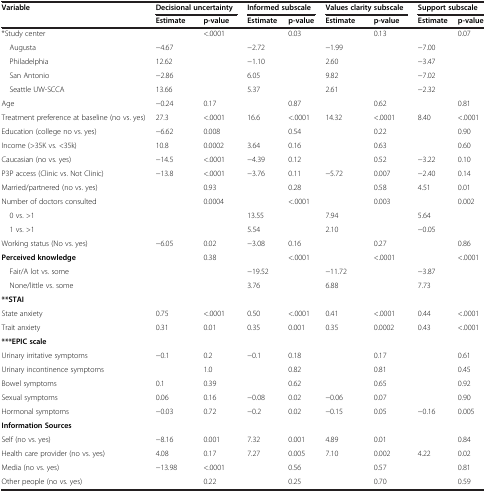
<table><thead><tr><td rowspan="2"><b>Variable</b></td><td colspan="2"><b>Decisional uncertainty</b></td><td colspan="2"><b>Informed subscale</b></td><td colspan="2"><b>Values clarity subscale</b></td><td colspan="2"><b>Support subscale</b></td></tr><tr><td><b>Estimate</b></td><td><b>p-value</b></td><td><b>Estimate</b></td><td><b>p-value</b></td><td><b>Estimate</b></td><td><b>p-value</b></td><td><b>Estimate</b></td><td><b>p-value</b></td></tr></thead><tbody><tr><td>*Study center</td><td></td><td>&lt;.0001</td><td></td><td>0.03</td><td></td><td>0.13</td><td></td><td>0.07</td></tr><tr><td> Augusta</td><td>−4.67</td><td></td><td>−2.72</td><td></td><td>−1.99</td><td></td><td>−7.00</td><td></td></tr><tr><td> Philadelphia</td><td>12.62</td><td></td><td>−1.10</td><td></td><td>2.60</td><td></td><td>−3.47</td><td></td></tr><tr><td> San Antonio</td><td>−2.86</td><td></td><td>6.05</td><td></td><td>9.82</td><td></td><td>−7.02</td><td></td></tr><tr><td> Seattle UW-SCCA</td><td>13.66</td><td></td><td>5.37</td><td></td><td>2.61</td><td></td><td>−2.32</td><td></td></tr><tr><td>Age</td><td>−0.24</td><td>0.17</td><td></td><td>0.87</td><td></td><td>0.62</td><td></td><td>0.81</td></tr><tr><td>Treatment preference at baseline (no vs. yes)</td><td>27.3</td><td>&lt;.0001</td><td>16.6</td><td>&lt;.0001</td><td>14.32</td><td>&lt;.0001</td><td>8.40</td><td>&lt;.0001</td></tr><tr><td>Education (college no vs. yes)</td><td>−6.62</td><td>0.008</td><td></td><td>0.54</td><td></td><td>0.22</td><td></td><td>0.90</td></tr><tr><td>Income (&gt;35K vs. &lt;35k)</td><td>10.8</td><td>0.0002</td><td>3.64</td><td>0.16</td><td></td><td>0.63</td><td></td><td>0.60</td></tr><tr><td>Caucasian (no vs. yes)</td><td>−14.5</td><td>&lt;.0001</td><td>−4.39</td><td>0.12</td><td></td><td>0.52</td><td>−3.22</td><td>0.10</td></tr><tr><td>P3P access (Clinic vs. Not Clinic)</td><td>−13.8</td><td>&lt;.0001</td><td>−3.76</td><td>0.11</td><td>−5.72</td><td>0.007</td><td>−2.40</td><td>0.14</td></tr><tr><td>Married/partnered (no vs. yes)</td><td></td><td>0.93</td><td></td><td>0.28</td><td></td><td>0.58</td><td>4.51</td><td>0.01</td></tr><tr><td>Number of doctors consulted</td><td></td><td>0.0004</td><td></td><td>&lt;.0001</td><td></td><td>0.003</td><td></td><td>0.002</td></tr><tr><td> 0 vs. &gt;1</td><td></td><td></td><td>13.55</td><td></td><td>7.94</td><td></td><td>5.64</td><td></td></tr><tr><td> 1 vs. &gt;1</td><td></td><td></td><td>5.54</td><td></td><td>2.10</td><td></td><td>−0.05</td><td></td></tr><tr><td>Working status (No vs. yes)</td><td>−6.05</td><td>0.02</td><td>−3.08</td><td>0.16</td><td></td><td>0.27</td><td></td><td>0.86</td></tr><tr><td><b>Perceived knowledge</b></td><td></td><td>0.38</td><td></td><td>&lt;.0001</td><td></td><td>&lt;.0001</td><td></td><td>&lt;.0001</td></tr><tr><td> Fair/A lot vs. some</td><td></td><td></td><td>−19.52</td><td></td><td>−11.72</td><td></td><td>−3.87</td><td></td></tr><tr><td> None/little vs. some</td><td></td><td></td><td>3.76</td><td></td><td>6.88</td><td></td><td>7.73</td><td></td></tr><tr><td><b>**STAI</b></td><td></td><td></td><td></td><td></td><td></td><td></td><td></td><td></td></tr><tr><td>State anxiety</td><td>0.75</td><td>&lt;.0001</td><td>0.50</td><td>&lt;.0001</td><td>0.41</td><td>&lt;.0001</td><td>0.44</td><td>&lt;.0001</td></tr><tr><td>Trait anxiety</td><td>0.31</td><td>0.01</td><td>0.35</td><td>0.001</td><td>0.35</td><td>0.0002</td><td>0.43</td><td>&lt;.0001</td></tr><tr><td><b>***EPIC scale</b></td><td></td><td></td><td></td><td></td><td></td><td></td><td></td><td></td></tr><tr><td>Urinary irritative symptoms</td><td>−0.1</td><td>0.2</td><td>−0.1</td><td>0.18</td><td></td><td>0.17</td><td></td><td>0.61</td></tr><tr><td>Urinary incontinence symptoms</td><td></td><td>1.0</td><td></td><td>0.82</td><td></td><td>0.81</td><td></td><td>0.45</td></tr><tr><td>Bowel symptoms</td><td>0.1</td><td>0.39</td><td></td><td>0.62</td><td></td><td>0.65</td><td></td><td>0.92</td></tr><tr><td>Sexual symptoms</td><td>0.06</td><td>0.16</td><td>−0.08</td><td>0.02</td><td>−0.06</td><td>0.07</td><td></td><td>0.90</td></tr><tr><td>Hormonal symptoms</td><td>−0.03</td><td>0.72</td><td>−0.2</td><td>0.02</td><td>−0.15</td><td>0.05</td><td>−0.16</td><td>0.005</td></tr><tr><td><b>Information Sources</b></td><td></td><td></td><td></td><td></td><td></td><td></td><td></td><td></td></tr><tr><td>Self (no vs. yes)</td><td>−8.16</td><td>0.001</td><td>7.32</td><td>0.001</td><td>4.89</td><td>0.01</td><td></td><td>0.84</td></tr><tr><td>Health care provider (no vs. yes)</td><td>4.08</td><td>0.17</td><td>7.27</td><td>0.005</td><td>7.10</td><td>0.002</td><td>4.22</td><td>0.02</td></tr><tr><td>Media (no vs. yes)</td><td>−13.98</td><td>&lt;.0001</td><td></td><td>0.56</td><td></td><td>0.57</td><td></td><td>0.81</td></tr><tr><td>Other people (no vs. yes)</td><td></td><td>0.22</td><td></td><td>0.25</td><td></td><td>0.70</td><td></td><td>0.59</td></tr></tbody></table>